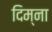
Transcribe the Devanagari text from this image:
दिम्ना